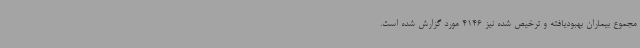
مجموع بیماران بهبودیافته و ترخیص شده نیز 4146 مورد گزارش شده است.